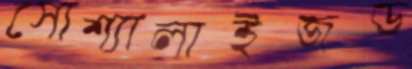
সোশ্যালাইজড